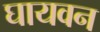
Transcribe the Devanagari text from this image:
घायवन